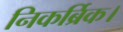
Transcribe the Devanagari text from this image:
निकर्ब्रिक।